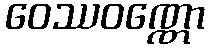
ဝေဿဝဏ္ဏော